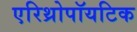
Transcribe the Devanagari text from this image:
एरिथ्रोपॉयटिक